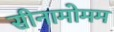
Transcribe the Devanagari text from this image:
सीनामोमम